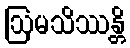
ဩမသိဿန္တိ